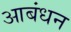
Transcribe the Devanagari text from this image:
आबंधन